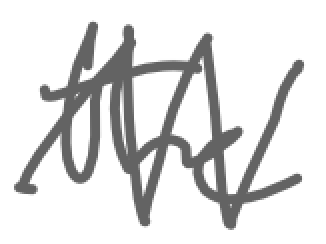
Text: the
Cross-out: zig-zag
Writing tool: digital_gray